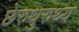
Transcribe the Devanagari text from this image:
छेरुथुरुथ्य